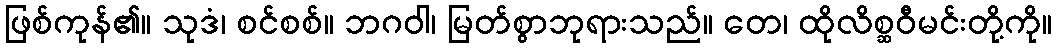
ဖြစ်ကုန်၏။ သုဒံ၊ စင်စစ်။ ဘဂဝါ၊ မြတ်စွာဘုရားသည်။ တေ၊ ထိုလိစ္ဆဝီမင်းတို့ကို။